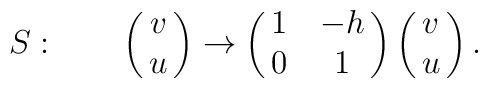
S:\qquad \pmatrix{v\cr u\cr}\rightarrow \pmatrix{1&-h\cr 0&1\cr}\pmatrix{v\cr u}.